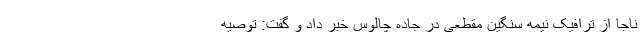
ناجا از ترافیک نیمه سنگین مقطعی در جاده چالوس خبر داد و گفت: توصیه